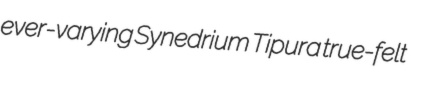
ever-varying Synedrium Tipura true-felt